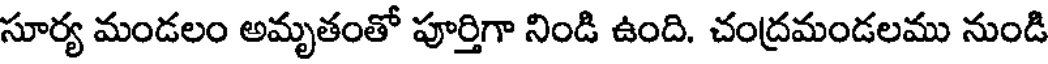
సూర్య మండలం అమృతంతో పూర్తిగా నిండి ఉంది. చంద్రమండలము నుండి